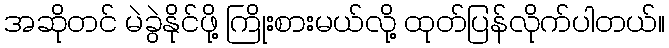
အဆိုတင် မဲခွဲနိုင်ဖို့ ကြိုးစားမယ်လို့ ထုတ်ပြန်လိုက်ပါတယ်။